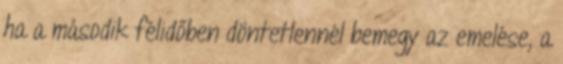
ha a második félidőben döntetlennél bemegy az emelése, a